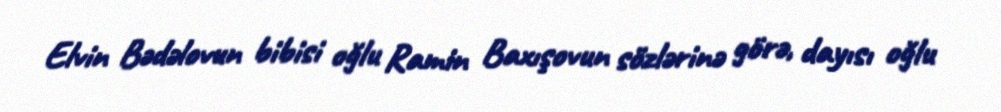
Elvin Bədəlovun bibisi oğlu Ramin Baxışovun sözlərinə görə, dayısı oğlu